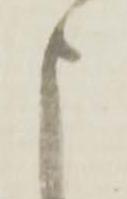
申